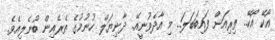
އޯކޭ އޯކޭ.. ތިރިއަށް ފައިބަބަލަ.. މި އާދެވުނީއޭ.. ދާނިޔަލް ހުނުމުގެ ތެރެއިން ބުނެލިއެވެ.